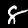
Digit: 8